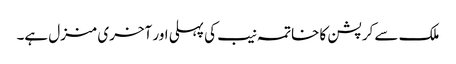
ملک سے کرپشن کا خاتمہ نیب کی پہلی اور آخری منزل ہے۔